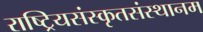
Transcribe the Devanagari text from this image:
राष्ट्रियसंस्कृतसंस्थानम